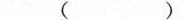
（ ）